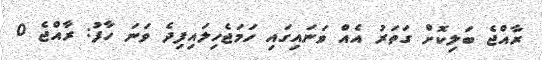
ރާއްޖެ ބަލިކޮށް ގަތަރު އެއް ވަނައިގައި ހަަަމަޖެހިލައިފިދެ ވަނަ ހާފު: ރާއްޖެ 0